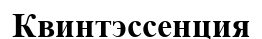
Квинтэссенция